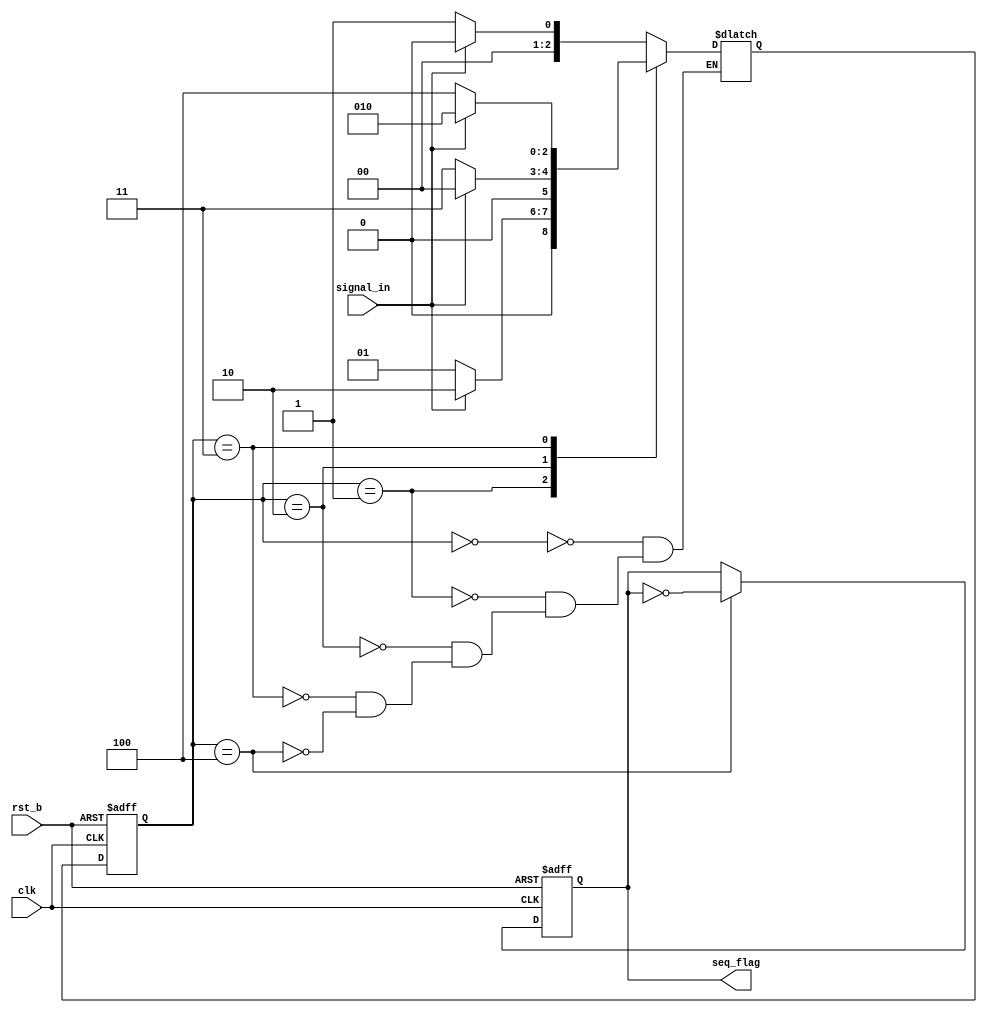
module seq_detect
(
	input	wire	clk		,
	input	wire	rst_b	,
	input	wire	signal_in	,
	output	reg		seq_flag
);
	parameter	IDLE=	3'd0,
				S1	=	3'd1,
				S2	=	3'd2,
				S3	=	3'd3,
				S4	=	3'd4;
	
	reg	[2:0]	cs , ns;
	always@(posedge clk or negedge rst_b)
		if(rst_b==1'b0)
			cs <= IDLE;
		else
			cs <= ns;
	always@(*)
		begin
			case(cs)
				IDLE:
					if(signal_in==1'b0)
						ns <= S1;
					else
						ns <= IDLE;
				S1	:
					if(signal_in==1'b1)
						ns <= S2;
					else
						ns <= S1;
				S2	:
					if(signal_in==1'b0)
						ns <= S3;
					else
						ns <= IDLE;
				S3	:
					if(signal_in==1'b0)
						ns <= S4;
					else
						ns <= S2;
				S4	:
					if(signal_in==1'b0)
						ns <=S1;
					else
						ns <= IDLE;
			endcase
		end
	always@(posedge clk or negedge rst_b)
		if(rst_b==1'b0)
			seq_flag <= 1'b0;
		else if(cs==S4)
			seq_flag<=~seq_flag;
		else
			seq_flag<=seq_flag;
endmodule





/*

	bit1 
	bit1FIFO      2RAM  
	

	bit1 2
	bit: 1FIFO;  2RAM3

*/